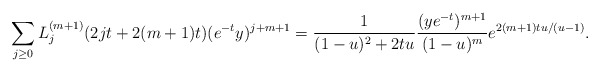
\begin{align*}\sum_{j \geq 0} L_{j}^{(m+1)}(2jt+2(m+1)t) (e^{-t}y)^{j+m+1} & = \frac{1}{(1-u)^2+2tu}\frac{(ye^{-t})^{m+1}}{(1-u)^{m}}e^{2(m+1)tu/(u-1)}.\end{align*}